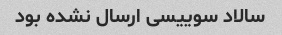
سالاد سوییسی ارسال نشده بود